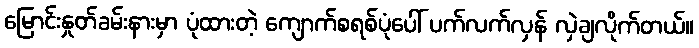
မြောင်းနှုတ်ခမ်းနားမှာ ပုံထားတဲ့ ကျောက်စရစ်ပုံပေါ် ပက်လက်လှန် လှဲချလိုက်တယ်။